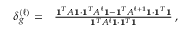
\begin{array} { r l } { \delta _ { g } ^ { ( \ell ) } = } & { { } \frac { \mathbf { 1 } ^ { T } A \mathbf { 1 } \cdot \mathbf { 1 } ^ { T } A ^ { \ell } \mathbf { 1 } - \mathbf { 1 } ^ { T } A ^ { \ell + 1 } \mathbf { 1 } \cdot \mathbf { 1 } ^ { T } \mathbf { 1 } } { \mathbf { 1 } ^ { T } A ^ { \ell } \mathbf { 1 } \cdot \mathbf { 1 } ^ { T } \mathbf { 1 } } \, , } \end{array}